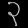
Digit: ၃